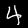
Label: 4